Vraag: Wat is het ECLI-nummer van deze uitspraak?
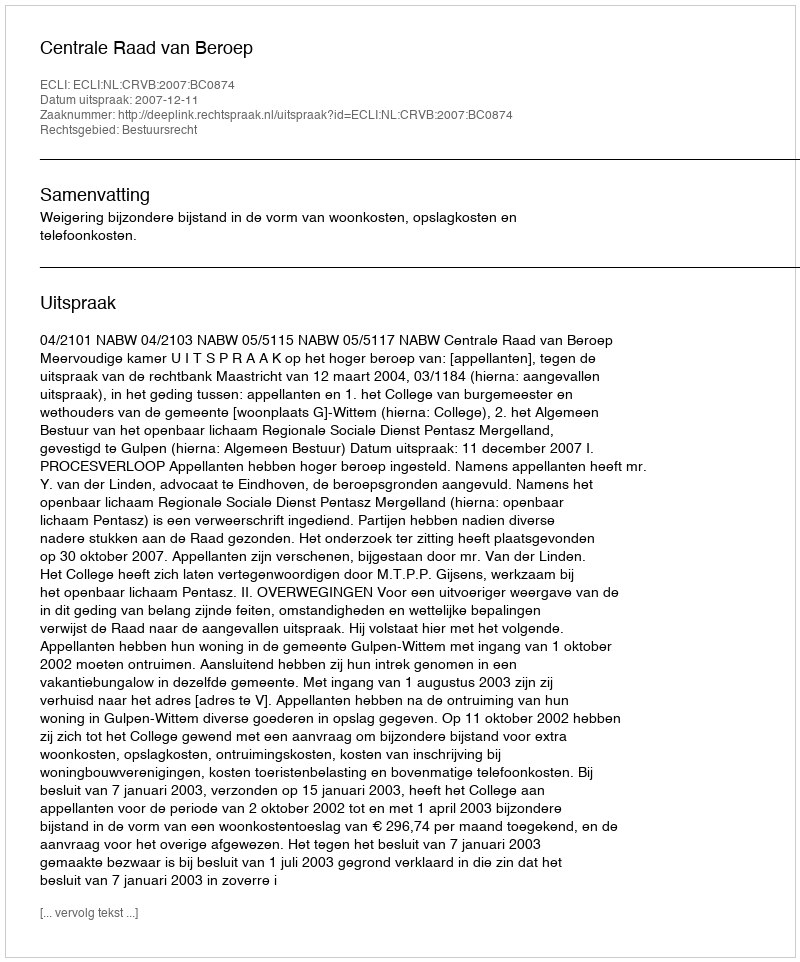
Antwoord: ECLI:NL:CRVB:2007:BC0874